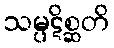
သမ္ပဋိစ္ဆတိ